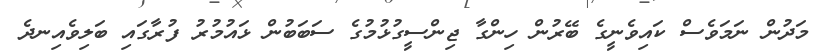
މަދުން ނަމަވެސް ކައިވެނީގެ ބޭރުން ހިންގާ ޖިންސީގުޅުމުގެ ސަބަބުން ޅައުމުރު ފުރާގައި ބަލިވެއިނދެ